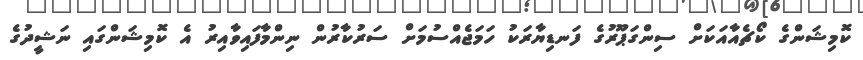
ކޮމިޝަންގެ ކޯޗެއާއަކަށް ސިންގަޕޫރުގެ ފަނޑިޔާރަކު ހަމަޖެއްސުމަށް ސަރުކާރުން ނިންމާފައިވާއިރު އެ ކޮމިޝަންގައި ނަޝީދުގެ